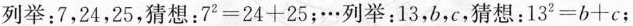
列举：7，24，25，猜想：$$7 ^ { 2} = 2 4 +2 5$$；…列举：13，b，c，猜想：$$1 3 ^ { 2 } = b + c$$；